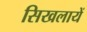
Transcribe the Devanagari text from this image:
सिखलायें